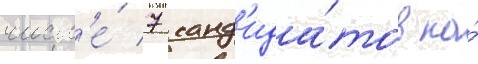
числ'е́ 7 канд'ида́тов на́